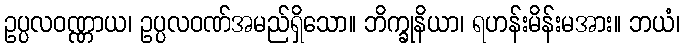
ဥပ္ပလဝဏ္ဏာယ၊ ဥပ္ပလဝဏ်အမည်ရှိသော။ ဘိက္ခုနိယာ၊ ရဟန်းမိန်းမအား။ ဘယံ၊